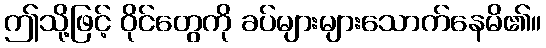
ဤသို့ဖြင့် ဝိုင်တွေကို ခပ်များများသောက်နေမိ၏။